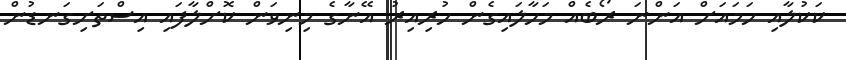
ކަކުލާއި ހަމައަށް އަންނަ ރޯބެއް މަހާލައިގެން ހުރިއިރު އޭނާގެ މިނިވަން ކޮށްލާފައި އިސްތަށިގަނޑުން